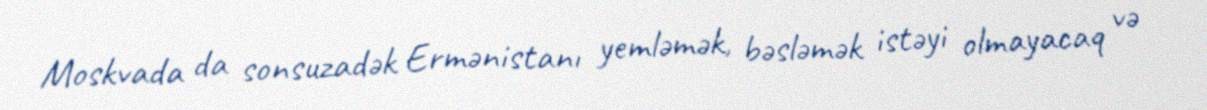
Moskvada da sonsuzadək Ermənistanı yemləmək, bəsləmək istəyi olmayacaq və